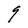
Character: g